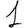
Digit: 1